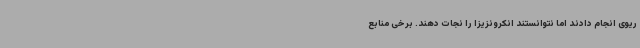
ریوی انجام دادند اما نتوانستند انکرونزیزا را نجات دهند. برخی منابع